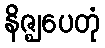
နိဇ္ဈပေတုံ